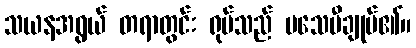
သယနအရွယ် တရာတွင်း ရုပ်သည် မသေမီချုပ်၏။